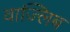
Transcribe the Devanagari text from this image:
वाज्लिब